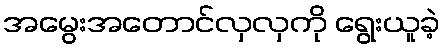
အမွေးအတောင်လှလှကို ရွေးယူခဲ့